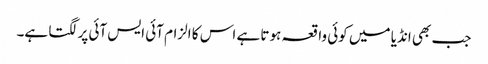
جب بھی انڈیا میں کوئی واقعہ ہوتا ہے اس کا الزام آئی ایس آئی پر لگتا ہے۔